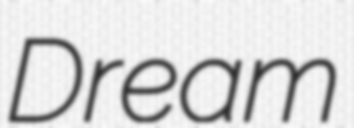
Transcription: Dream